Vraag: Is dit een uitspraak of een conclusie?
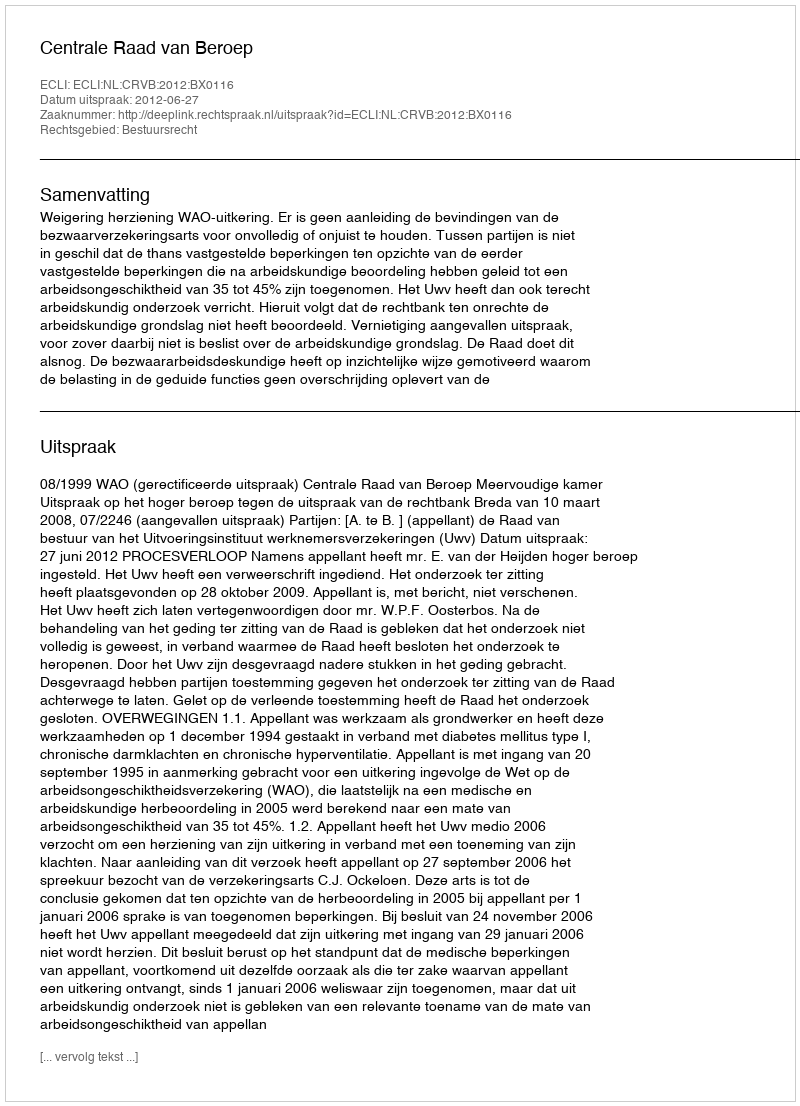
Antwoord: Uitspraak